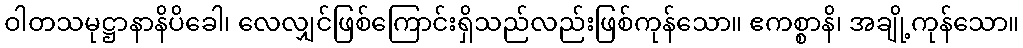
ဝါတသမုဋ္ဌာနာနိပိခေါ၊ လေလျှင်ဖြစ်ကြောင်းရှိသည်လည်းဖြစ်ကုန်သော။ ဧကစ္စာနိ၊ အချို့ကုန်သော။